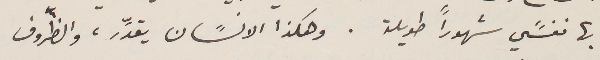
بها نفسًي شهوراً طويلة. وهكذا الانسًان يقدًِر ، والظّروف